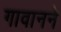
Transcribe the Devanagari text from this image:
गावानने